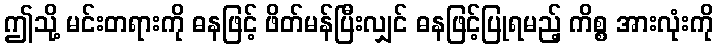
ဤသို့ မင်းတရားကို ဓနဖြင့် ဖိတ်မန်ပြီးလျှင် ဓနဖြင့်ပြုရမည့် ကိစ္စ အားလုံးကို